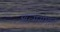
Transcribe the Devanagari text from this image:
आत्मसंमान